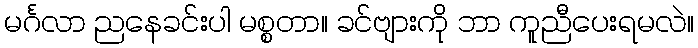
မင်္ဂလာ ညနေခင်းပါ မစ္စတာ။ ခင်ဗျားကို ဘာ ကူညီပေးရမလဲ။